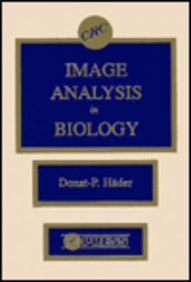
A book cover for Image Analysis in Biology; Donat P. Hader; Science & Math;